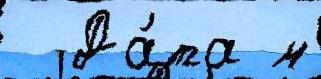
  Да́та м